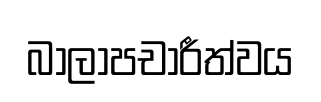
බාලාපචාරීත්වය